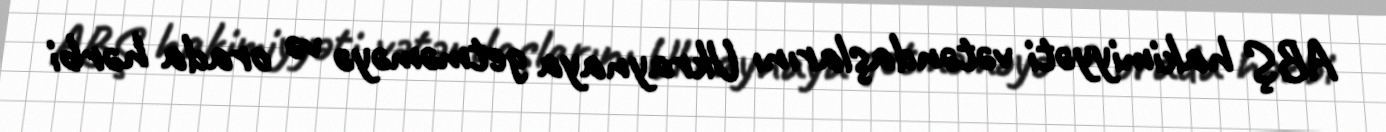
ABŞ hakimiyyəti vətəndaşlarını Ukraynaya getməməyə və orada hərbi